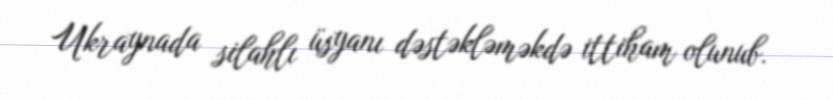
Ukraynada silahlı üsyanı dəstəkləməkdə ittiham olunub.